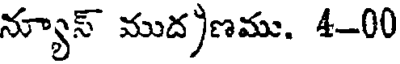
న్యూస్ ముద)ణము. 4-00